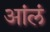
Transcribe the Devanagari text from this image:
आंलं